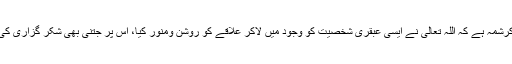
یہ سب خدائی کرشمہ ہے کہ اللہ تعالی نے ایسی عَبقری شخصیت کو وجود میں لاکر علاقے کو روشن ومنور کیا، اس پر جتنی بھی شُکر گزاری کی جائے کم ہے۔